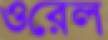
ওরেল